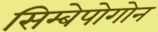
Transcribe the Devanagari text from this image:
सिम्बेपोगोन